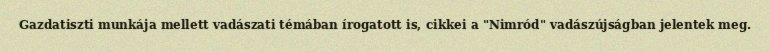
Gazdatiszti munkája mellett vadászati témában írogatott is, cikkei a "Nimród" vadászújságban jelentek meg.